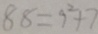
8 8 = 9 ^ { 2 } + 7